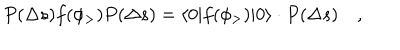
P ( \Delta s ) f ( \phi _ { > } ) P ( \Delta s ) = \langle 0 | f ( \phi _ { > } ) | 0 \rangle \cdot P ( \Delta s ) \quad ,